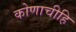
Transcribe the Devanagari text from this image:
कोणाचीहि